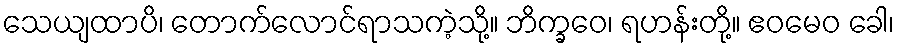
သေယျထာပိ၊ တောက်လောင်ရာသကဲ့သို့။ ဘိက္ခဝေ၊ ရဟန်းတို့။ ဧဝမေဝ ခေါ၊